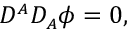
{ \cal D } ^ { \scriptscriptstyle A } { \cal D } _ { \scriptscriptstyle A } \phi = 0 ,